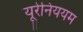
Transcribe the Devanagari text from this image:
यूरेनिययम